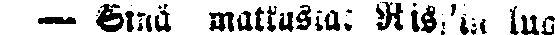
— Sinä matkustat Riss'in luo